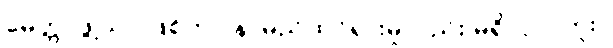
မေတ္တာဖွဲ့သာ ဖြစ်ကာ နာမည်ထင်ရှားမှုလည်း မရှိလှ ပါဘူး။